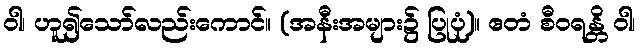
ဝါ၊ ဟူ၍သော်လည်းကောင်။ (အနီးအများ၌ ပြုပုံ)။ ဧတံ စီဝရန္တိ ဝါ၊